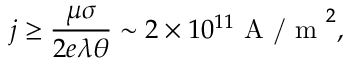
j \geq \frac { \mu \sigma } { 2 e \lambda \theta } \sim 2 \times 1 0 ^ { 1 1 } \textrm { A / m } ^ { 2 } ,